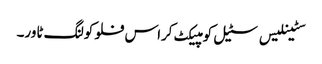
سٹینلیس سٹیل کومپیکٹ کراس فلو کولنگ ٹاور۔